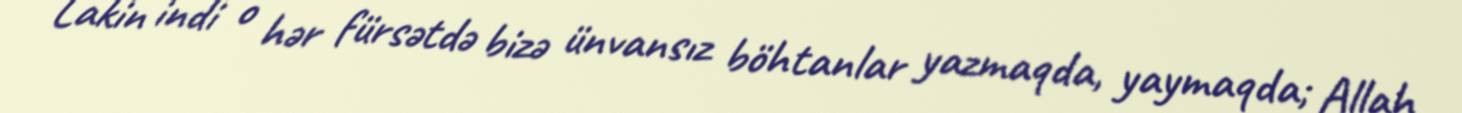
Lakin indi o hər fürsətdə bizə ünvansız böhtanlar yazmaqda, yaymaqda; Allah